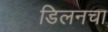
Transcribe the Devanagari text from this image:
डिलनचा